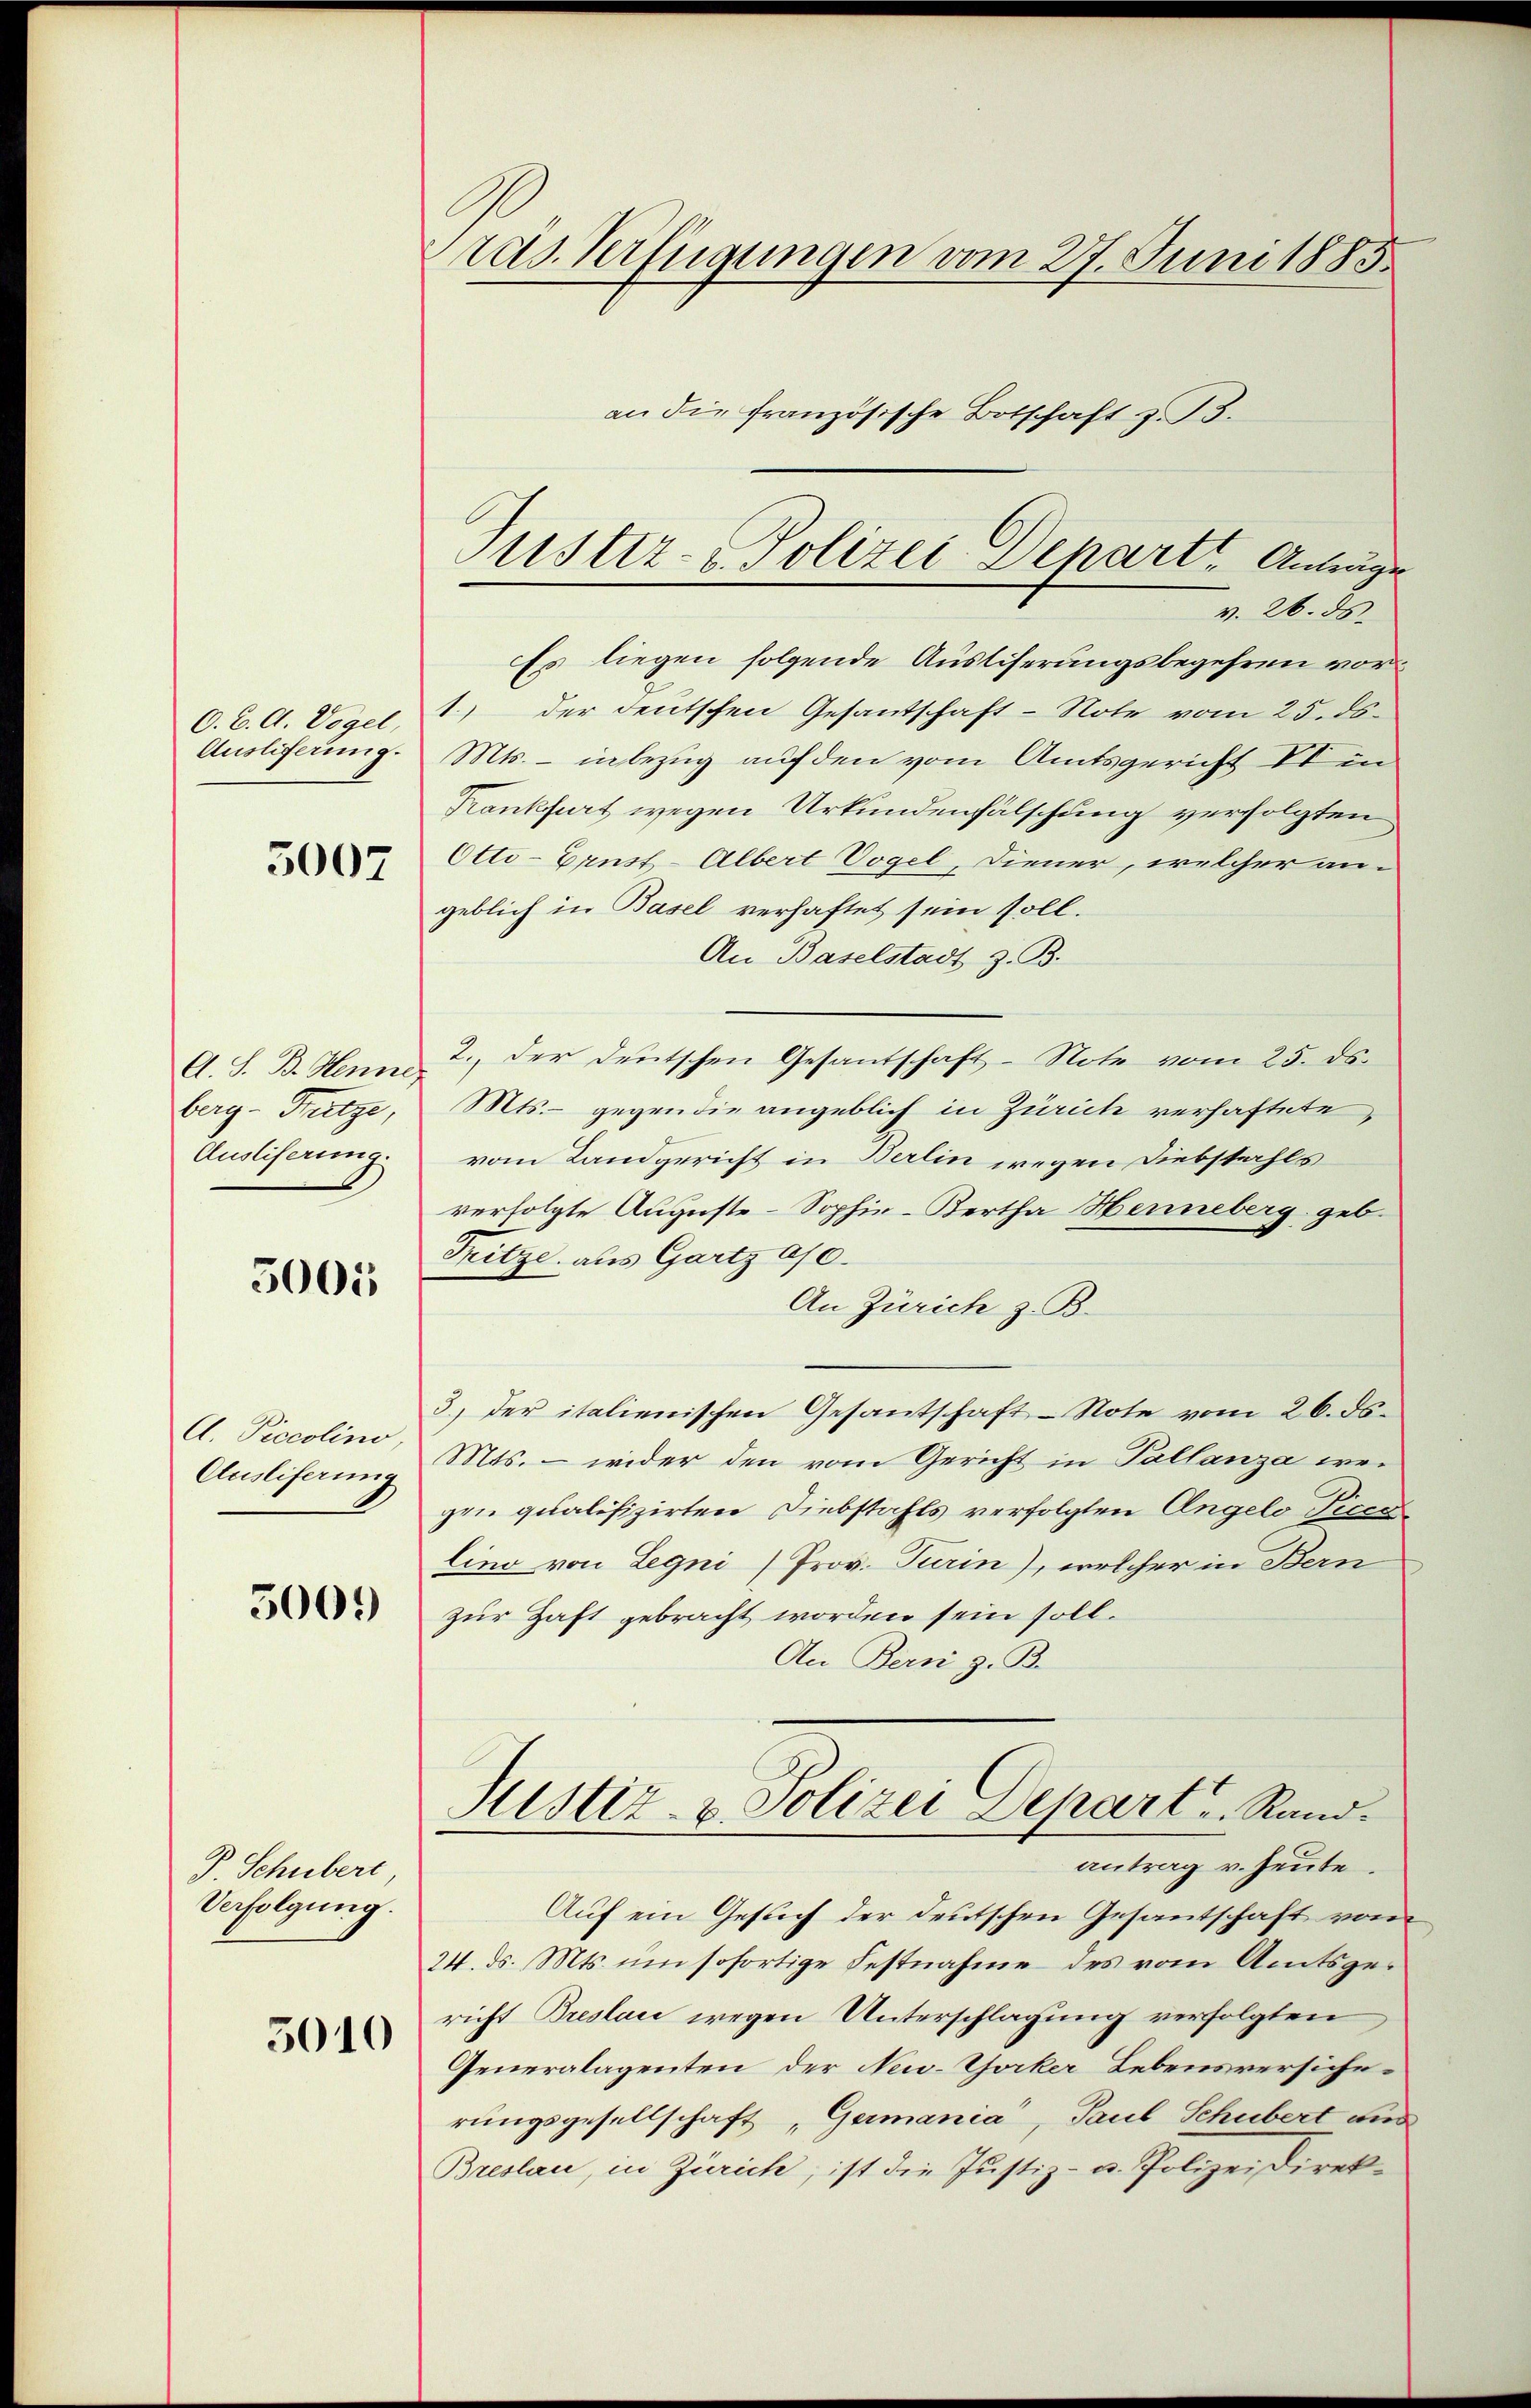
O. B. A. Vogel,
Ausliferung.

5007

berg - Fritze,
Ausliferung.

5005

A. Piccolino,
Ausliferung

5009

P Schubert
Verfolgung.

5010

ras. Verfügungen vom 27. Juni 1885.
an die französische Botschaft z. 33.

ustiz- & Polizei Depart Antrage
v. 26. 33.

Es liegen folgende Ausliserungsbegehren vor¬
1.) der deutschen Gesantschaft-Note vom 25. ds.
Mts. - inbezug auf den vom Amtsgericht Vin
Kankfurt wegen Urkundenfälschung verfolgten
Otti-Ernst-Albert Vogel, Diener, welcher an-
geblich in Basel verhaftet sein soll.
An Baselstadt z. B.
A. S. B. Henn, der deutschen Gesantschaft-Note vom 25. ds.
Mts. - gegen die angeblich in Zürich verhaftete,
vom Landgericht in Berlin wegen Diebstahls
verfolgte Auguste-Sophie-Bertha Henneberg geb.
Fritze aus Gartz a
An Zürich z. B.
3) der italienischen Gesantschaft-Note vom 26. ds.
Mts. — wider den vom Gericht in Pallanza wegen qualifizirten Diebstahls verfolgten Angelo Pices
lino von Legni/Prov. Turin), welcher in Bern
zur Haft gebracht worden sein soll.
An Bern z. B.
Justiz- & Polizei Depart. Rand.
antrag v. Heute.
Auf ein Gesuch der deutschen Gesantschaft vom
24. d. Mts. um sofortige Festnahme des vom Amtsgericht Breslau wegen Unterschlagung verfolgten
Generalagenten der New-Thocker Lebensversicherungsgesellschaft „Germania, Paul Schubert aus
Breslau, in Zürich, ist die Justiz- u. Polizeidirek¬